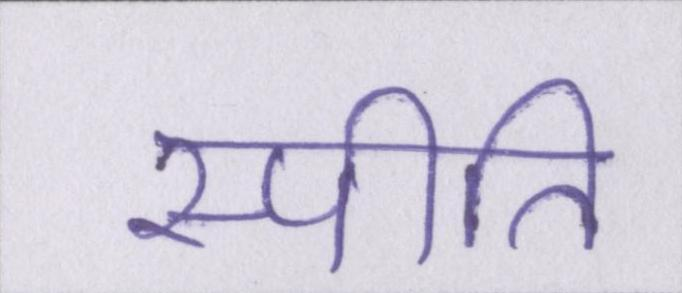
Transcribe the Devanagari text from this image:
स्पीति